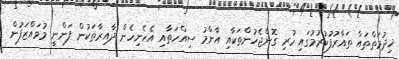
ޚިދުމަތްތައް ތައާރުފުކުރުމުގައި ހުރި ގޮންޖެހުންތަކާއި އާންމު ސިއްހަތާއި އެހެނިހެން ދާއިރާތަކުން ފަންނީ މުވައްޒަފުން